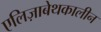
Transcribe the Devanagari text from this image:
एलिज़ाबेथकालीन